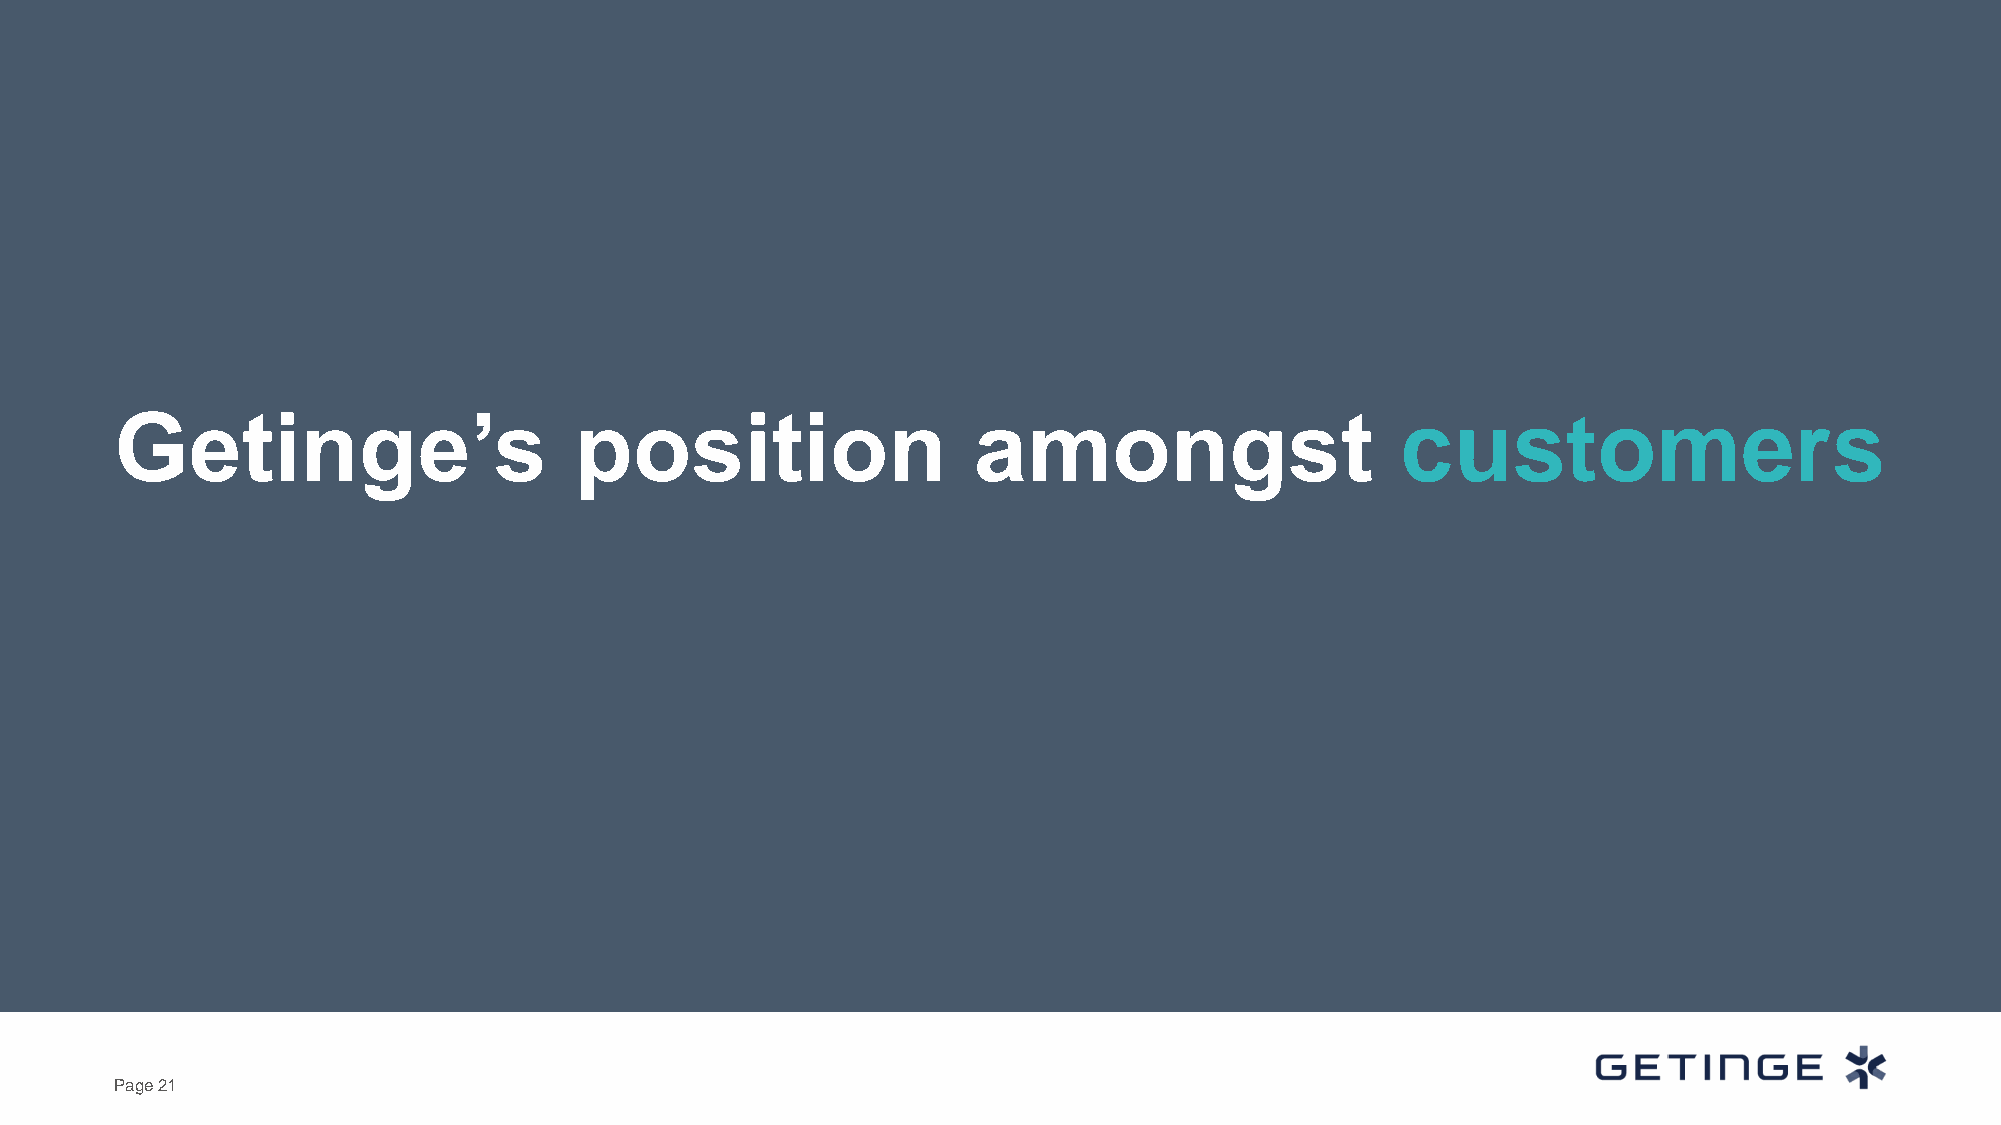
Getinge’s                     position                  amongst                      customers
 Page 21